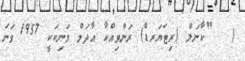
(   "ކާނަލް (ރިޓަޔަރޑް) ރަންވިއްކާ އާދަމް މަނިކަކީ 1957 ވަނަ